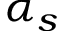
\alpha _ { s }